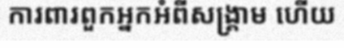
ការពារពួកអ្នកអំពីសង្គ្រាម ហើយ